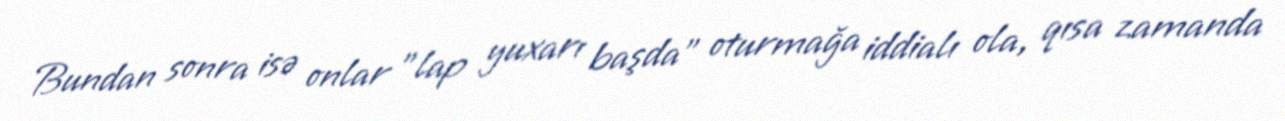
Bundan sonra isə onlar ”lap yuxarı başda" oturmağa iddialı ola, qısa zamanda